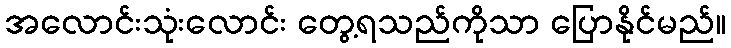
အလောင်းသုံးလောင်း တွေ့ရသည်ကိုသာ ပြောနိုင်မည်။